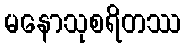
မနောသုစရိတဿ